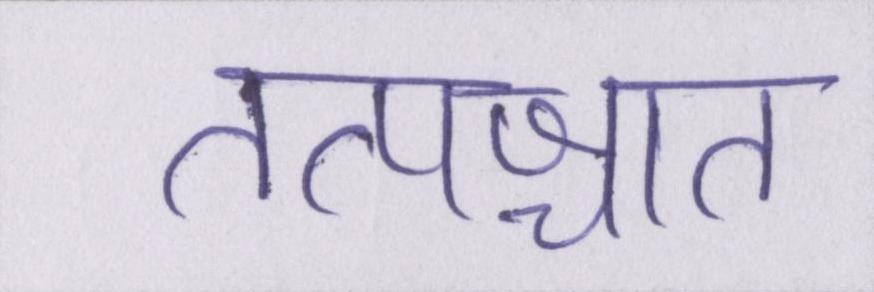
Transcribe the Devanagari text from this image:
तत्पश्चात